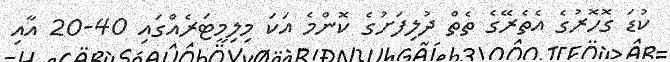
ކުޑަ ގޮހޮރުގެ އެތެރޭގެ ތެތް ދުލިފަށުގެ ކޮންމެ އަކަ މިލިމީޓަރެއްގައި 40-20 އާއި